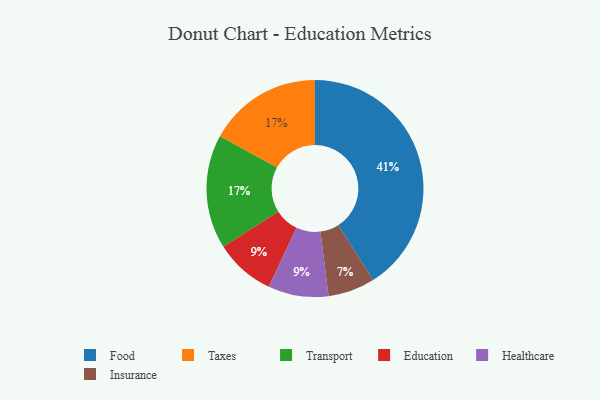
{"axis": {"x": "Category", "y": "Percentage"}, "legend": ["Education", "Food", "Healthcare", "Insurance", "Taxes", "Transport"], "data": [{"x": "Food", "y": 41, "type": "Food"}, {"x": "Insurance", "y": 7, "type": "Insurance"}, {"x": "Taxes", "y": 17, "type": "Taxes"}, {"x": "Education", "y": 9, "type": "Education"}, {"x": "Transport", "y": 17, "type": "Transport"}, {"x": "Healthcare", "y": 9, "type": "Healthcare"}]}